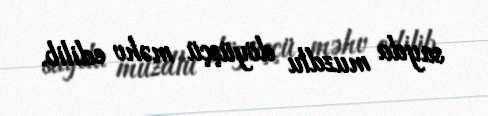
sayda muzdlu döyüşçü məhv edilib.